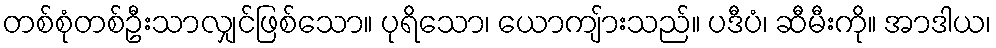
တစ်စုံတစ်ဦးသာလျှင်ဖြစ်သော။ ပုရိသော၊ ယောကျ်ားသည်။ ပဒီပံ၊ ဆီမီးကို။ အာဒါယ၊